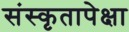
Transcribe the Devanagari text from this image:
संस्कृतापेक्षा